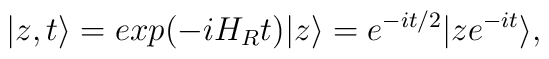
|z,t \rangle = exp(-i H_R t)|z \rangle = e^{-i t/2}|z e^{-i t}\rangle,